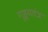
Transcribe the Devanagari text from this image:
गूह्यतंत्र